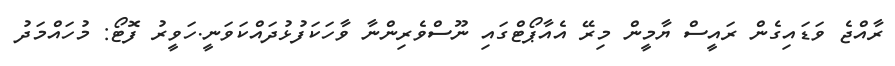
ރާއްޖެ ވަޑައިގެން ރައީސް ޔާމީން މިރޭ އެއާޕޯޓްގައި ނޫސްވެރިންނާ ވާހަކަފުޅުދައްކަވަނީ.ހަވީރު ފޮޓޯ: މުހައްމަދު